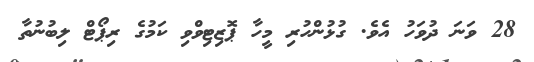
28 ވަނަ ދުވަހު އެވެ. ގުޅުންހުރި މީހާ ޕޮޒިޓިވްވި ކަމުގެ ރިޕޯޓް ލިބުނުތާ